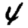
Digit: 4